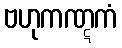
ဗဟုကဏ္ဋကံ